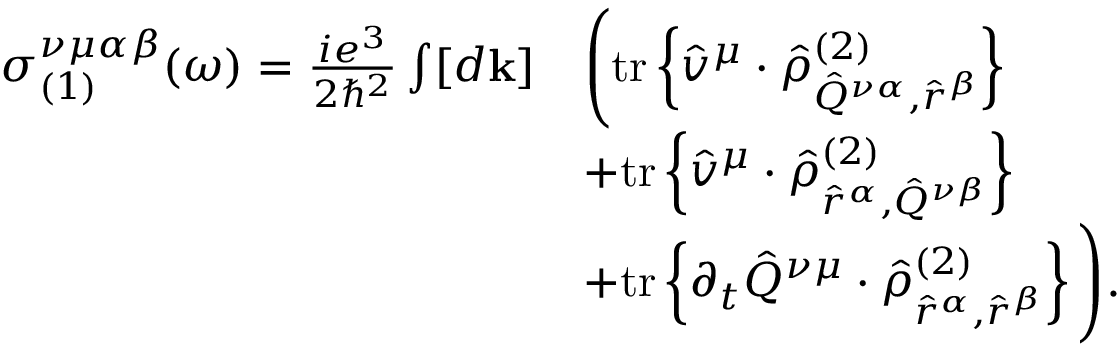
\begin{array} { r l } { \sigma _ { ( 1 ) } ^ { \nu \mu \alpha \beta } ( \omega ) = \frac { i e ^ { 3 } } { 2 \hslash ^ { 2 } } \int [ d \mathbf { k } ] } & { \Bigg ( \mathrm { t r } \left\{ \hat { v } ^ { \mu } \cdot \hat { \rho } _ { \hat { Q } ^ { \nu \alpha } , \hat { r } ^ { \beta } } ^ { ( 2 ) } \right\} } \\ & { + \mathrm { t r } \left\{ \hat { v } ^ { \mu } \cdot \hat { \rho } _ { \hat { r } ^ { \alpha } , \hat { Q } ^ { \nu \beta } } ^ { ( 2 ) } \right\} } \\ & { + \mathrm { t r } \left\{ \partial _ { t } \hat { Q } ^ { \nu \mu } \cdot \hat { \rho } _ { \hat { r } ^ { \alpha } , \hat { r } ^ { \beta } } ^ { ( 2 ) } \right\} \Bigg ) \mathrm { . } } \end{array}